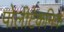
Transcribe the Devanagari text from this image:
पोलीटेकनिक